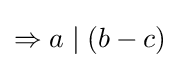
\Rightarrow a\mid (b-c)